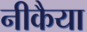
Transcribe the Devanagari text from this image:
नीकैया